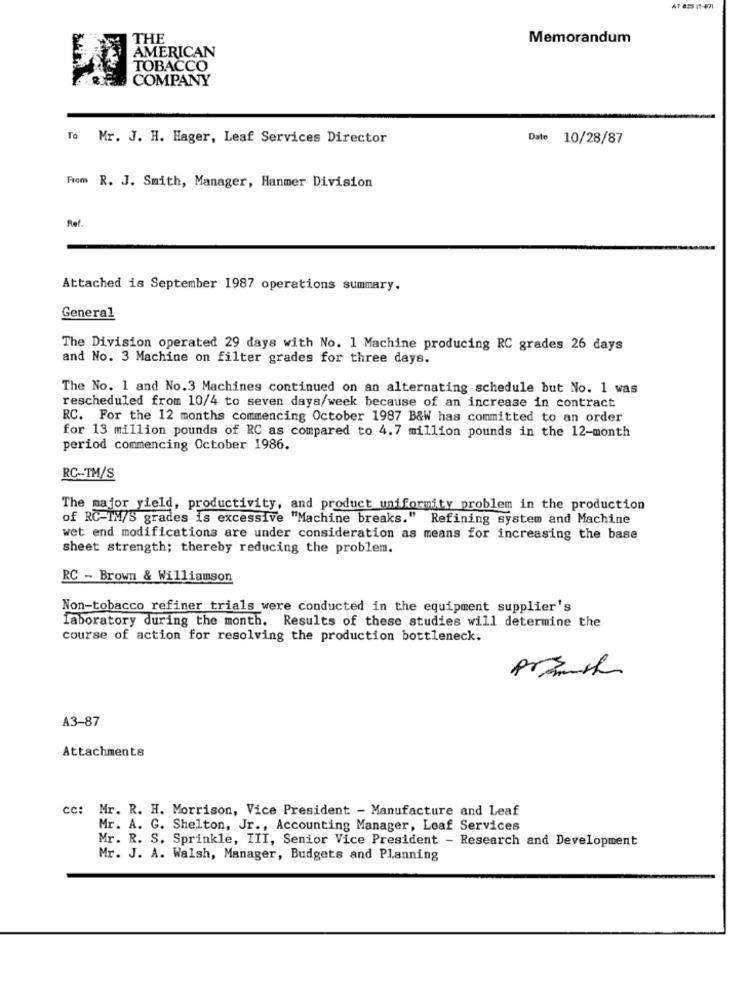
THE
Memorandum
AMERICAN
TOBACCO
COMPANY
To Mr. J. H. Hager, Leaf Services Director
Date 10/28/87
From R. J. Smith, Manager, Hanmer Division
Ref.
Attached is September 1987 operations summary.
General
The Division operated 29 days with No. 1 Machine producing RC grades 26 days
and No. 3 Machine on filter grades for three days.
The No. 1 and No.3 Machines continued on an alternating schedule but No. 1 was
rescheduled from 10/4 to seven days/week because of an increase in contract
RC. For the 12 months commencing October 1987 B&W has committed to an order
for 13 million pounds of RC as compared to 4.7 million pounds in the 12-month
period commencing October 1986.
RC-TM/S
The major yield, productivity, and product uniformity problem in the production
of RC-IM/S grades is excessive "Machine breaks." Refining system and Machine
wet end modifications are under consideration as means for increasing the base
sheet strength; thereby reducing the problem.
RC - Brown & Williamson
Non-tobacco refiner trials were conducted in the equipment supplier's
laboratory during the month. Results of these studies will determine the
course of action for resolving the production bottleneck.
A3-87
Attachments
cc: Mr. R. H. Morrison, Vice President - Manufacture and Leaf
Mr. A. G. Shelton, Jr ., Accounting Manager, Leaf Services
Mr. R. S. Sprinkle, III, Senior Vice President - Research and Development
Mr. J. A. Walsh, Manager, Budgets and Planning